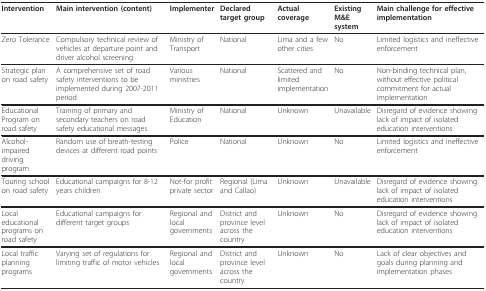
| Intervention | Main intervention (content) | Implementer | Declared target group | Actual coverage | Existing M&E system | Main challenge for effective implementation |
 | --- | --- | --- | --- | --- | --- | --- |
 | Zero Tolerance | Compulsory technical review of vehicles at departure point and driver alcohol screening | Ministry of Transport | National | Lima and a few other cities | No | Limited logistics and ineffective enforcement |
 | Strategic plan on road safety | A comprehensive set of road safety interventions to be implemented during 2007-2011 period | Various ministries | National | Scattered and limited implementation | No | Non-binding technical plan, without effective political commitment for actual implementation |
 | Educational Program on road safety | Training of primary and secondary teachers on road safety educational messages | Ministry of Education | National | Unknown | Unavailable | Disregard of evidence showing lack of impact of isolated education interventions |
 | Alcohol-impaired driving program | Random use of breath-testing devices at different road points | Police | National | Unknown | No | Limited logistics and ineffective enforcement |
 | Touring school on road safety | Educational campaigns for 8-12 years children | Not-for profit private sector | Regional (Lima and Callao) | Unknown | Unavailable | Disregard of evidence showing lack of impact of isolated education interventions |
 | Local educational programs on road safety | Educational campaigns for different target groups | Regional and local governments | District and province level across the country | Unknown | No | Disregard of evidence showing lack of impact of isolated education interventions |
 | Local traffic planning programs | Varying set of regulations for limiting traffic of motor vehicles | Regional and local governments | District and province level across the country | Unknown | No | Lack of clear objectives and goals during planning and implementation phases |